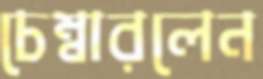
চেম্বারলেন